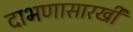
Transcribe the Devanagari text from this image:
दाभणासारखी